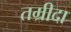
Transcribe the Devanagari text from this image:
तम्रीदा